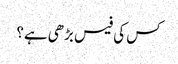
کس کی فیس بڑھی ہے؟